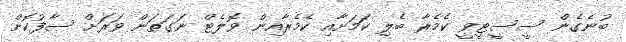
ބުނެގެން ސީސީޓީވީ ކެމެރާ ބެލި ކަމަށާއި ކެމެރާއިން ވޮލެޓް ނަގަތަން ވަރަށް ސާފުކޮށް